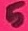
Text: 5